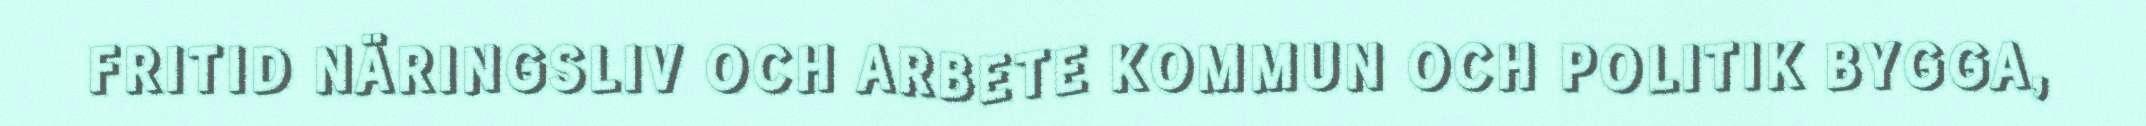
FRITID NÄRINGSLIV OCH ARBETE KOMMUN OCH POLITIK BYGGA,